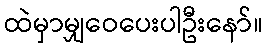
ထဲမှာမျှဝေပေးပါဦးနော်။